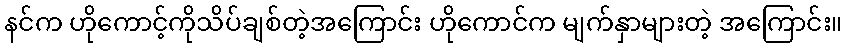
နင်က ဟိုကောင့်ကိုသိပ်ချစ်တဲ့အကြောင်း ဟိုကောင်က မျက်နှာများတဲ့ အကြောင်း။